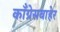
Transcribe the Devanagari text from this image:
काँग्रेसबाहेर